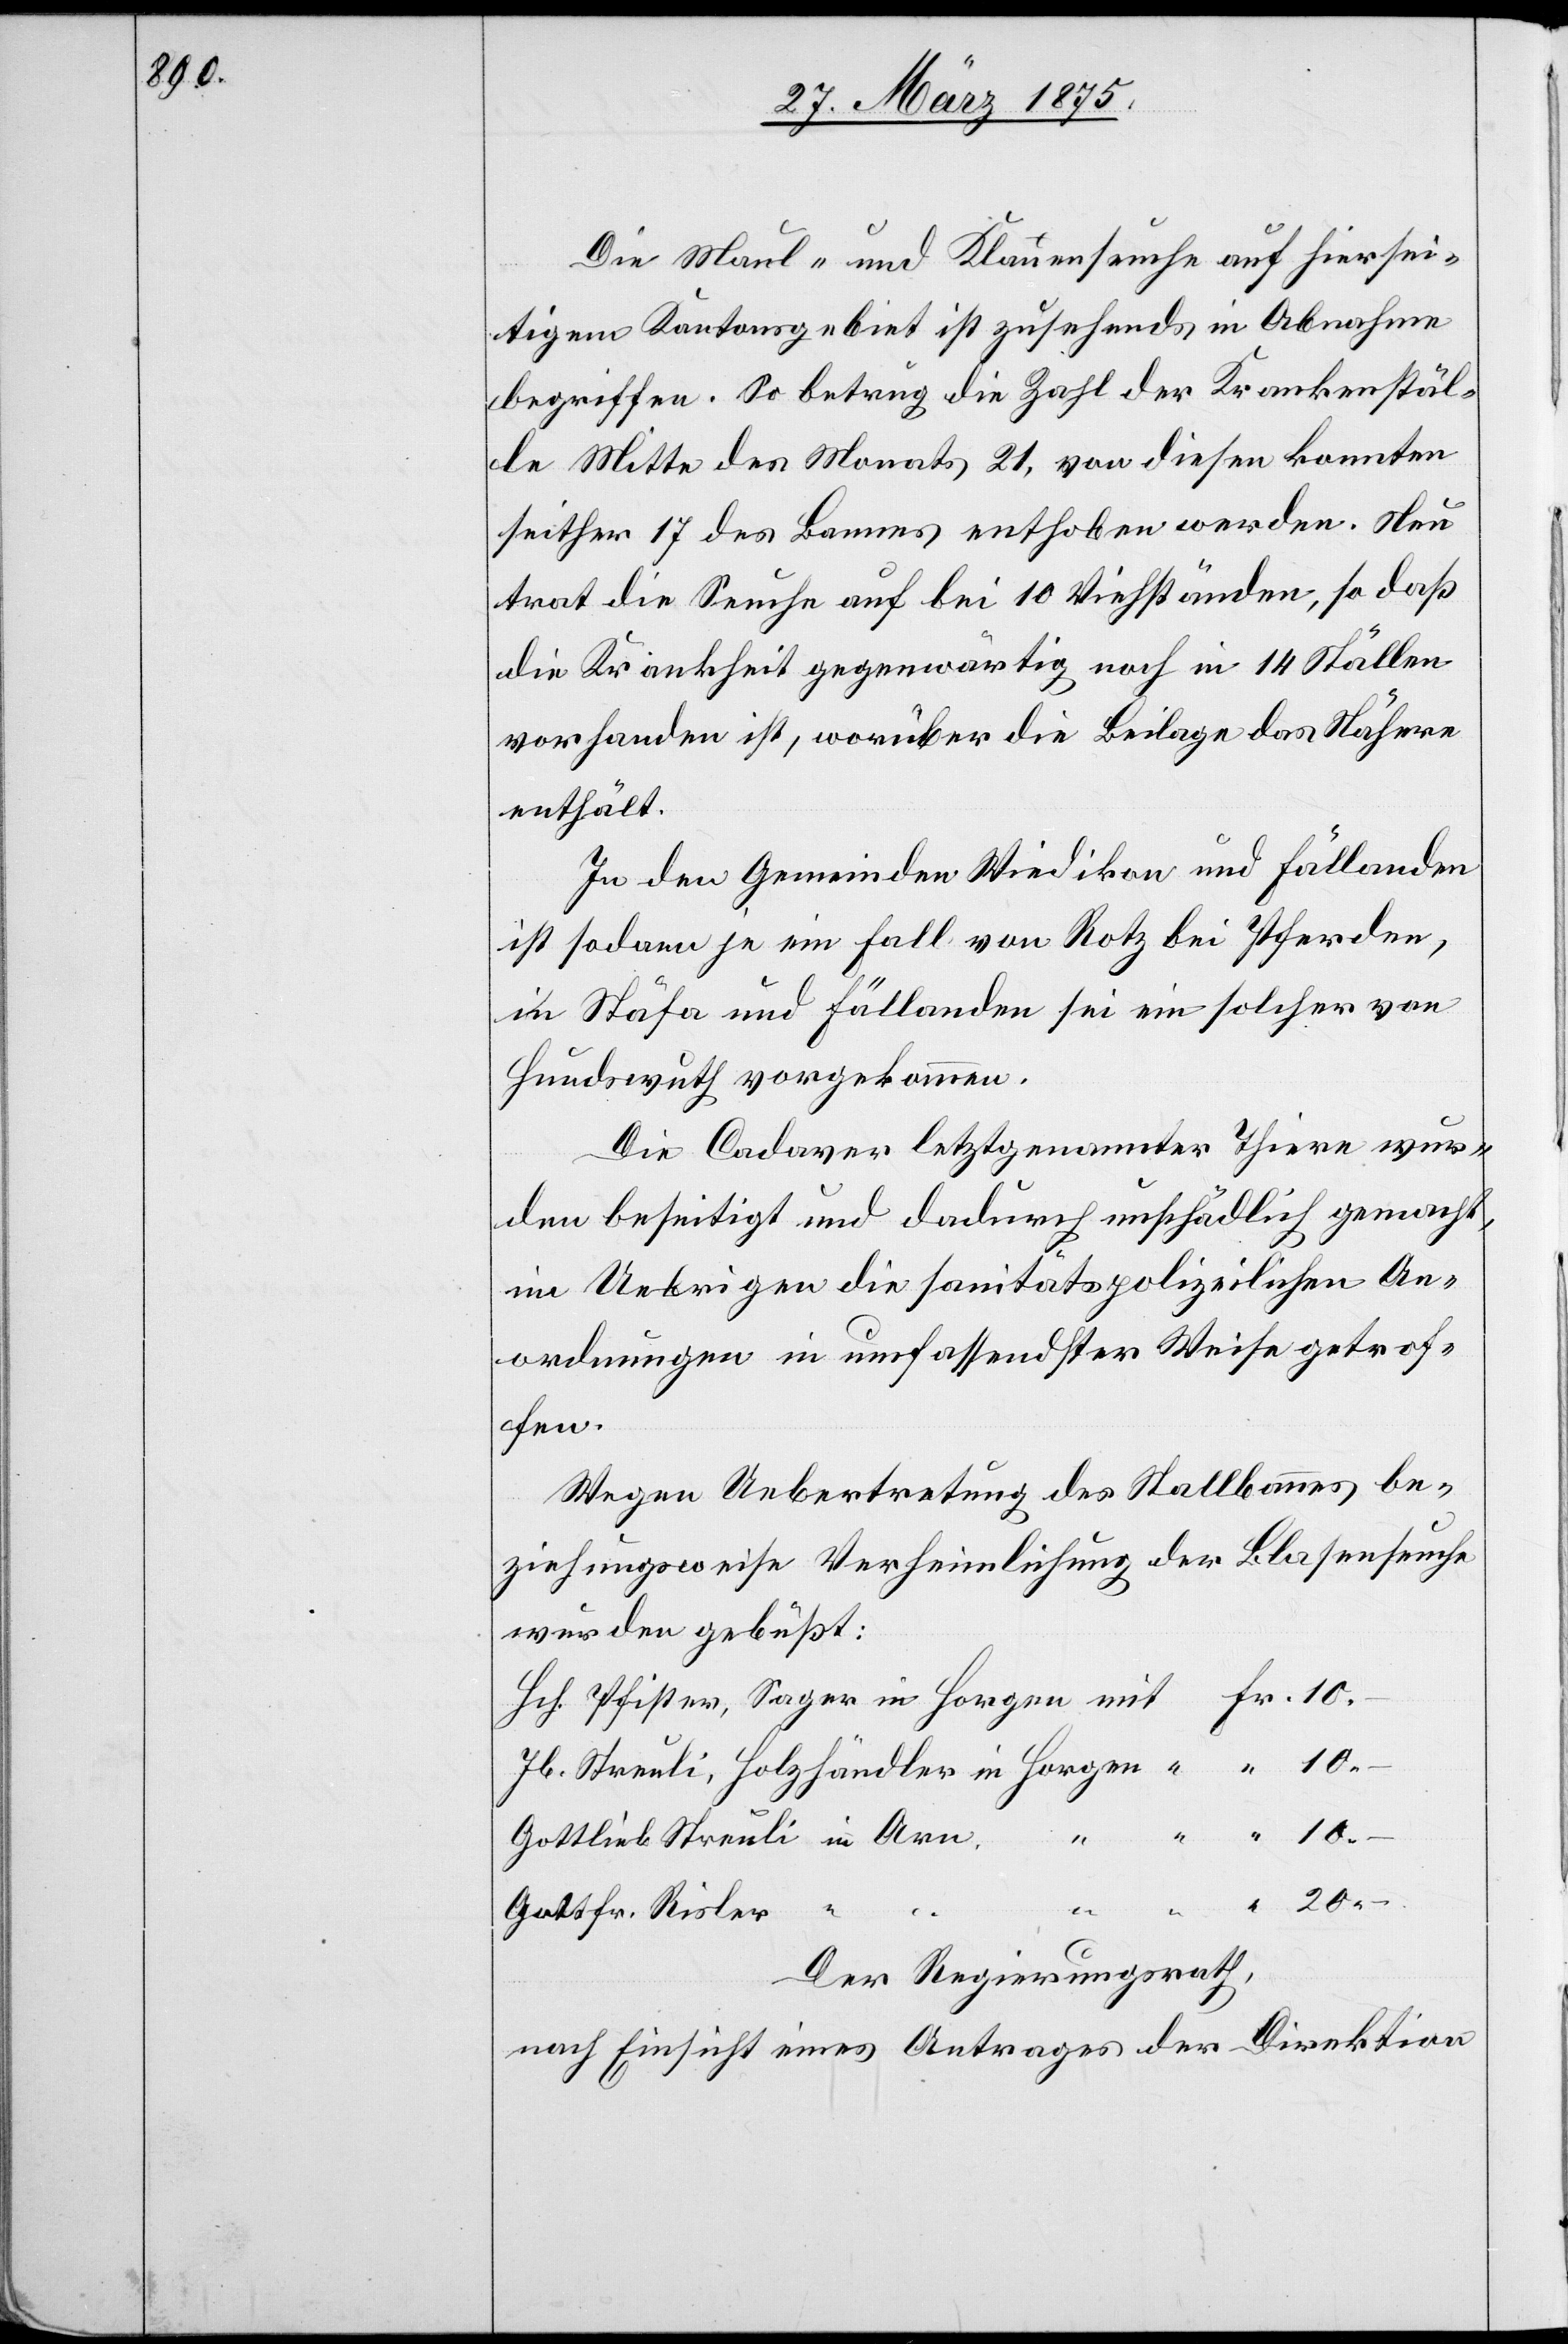
10.–

Die Maul und Klauenseuche auf hiersei¬
tigem Kantonsgebiet ist zusehends in Abnahme
begriffen. So betrug die Zahl der Krankenstäl¬
le Mitte des Monats 21, von diesen konnten
seither 17 des Bannes enthoben werden. Neu
trat die Seuche auf bei 10 Viehständen, so daß
die Krankheit gegenwärtig noch in 14 Ställen
vorhanden ist, worüber die Beilage das Nähere
enthält.
In den Gemeinden Wiedikon und Fällanden
ist sodann je ein Fall von Rotz bei Pferden,
in Stäfa und Fällanden sei ein solcher von
Hundswuth vorgekommen.
Die Cadaver letztgenannter Thiere wur¬
den beseitigt und dadurch unschädlich gemacht,
im Uebrigen die sanitätspolizeilichen An¬
ordnungen in umfassender Weise getrof¬
fen.
Wegen Uebertretung des Stallbannes be¬
ziehungsweise Verheimlichung der Blasenseuche
wurden gebüßt:
10.–
in
Gottfr. Risler
Der Regierungsrath,
nach Einsicht eines Antrages der Direktion